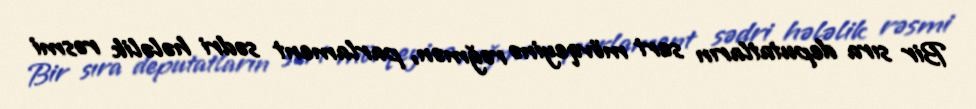
Bir sıra deputatların sərt mövqeyinə rəğmən, parlament sədri hələlik rəsmi